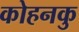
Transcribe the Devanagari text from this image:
कोहनकु